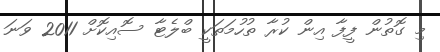
މި ގޮތުން ފީފާ އިން ކުރާ ތުހުމަތަކީ ބްލެޓާ ސޮއިކޮށް 2011 ވަނަ